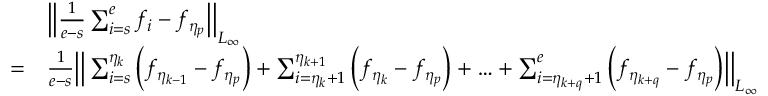
\begin{array} { r l } & { \Big | \Big | \frac { 1 } { e - s } \sum _ { i = s } ^ { e } f _ { i } - f _ { \eta _ { p } } \Big | \Big | _ { L _ { \infty } } } \\ { = } & { \frac { 1 } { e - s } \Big | \Big | \sum _ { i = s } ^ { \eta _ { k } } \Big ( f _ { \eta _ { k - 1 } } - f _ { \eta _ { p } } \Big ) + \sum _ { i = \eta _ { k } + 1 } ^ { \eta _ { k + 1 } } \Big ( f _ { \eta _ { k } } - f _ { \eta _ { p } } \Big ) + \ldots + \sum _ { i = \eta _ { k + q } + 1 } ^ { e } \Big ( f _ { \eta _ { k + q } } - f _ { \eta _ { p } } \Big ) \Big | \Big | _ { L _ { \infty } } } \end{array}